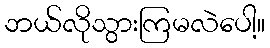
ဘယ်လိုသွားကြမလဲပေါ့။